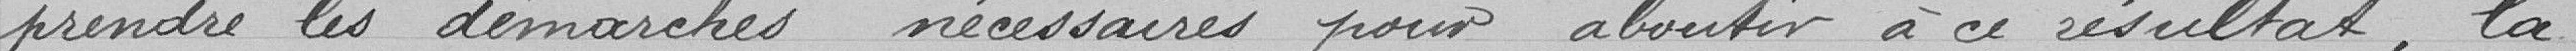
-prendre les démarches nécessaires pour aboutir à ce résultat, la